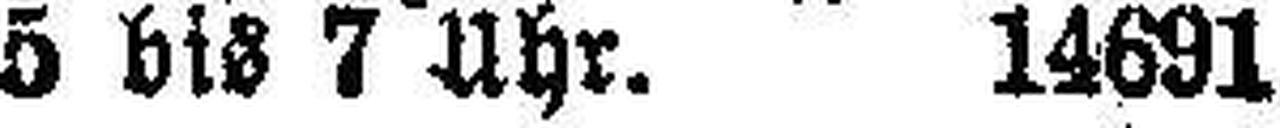
5 bis 7 Uhr. 14691